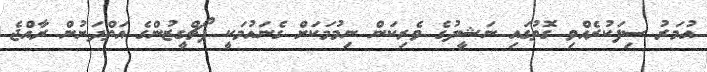
އުމަރު ސިފަކުރެއްވި ގޮތުގައި ނަޝީދުގެ ވެރިކަން ނިމުމަކަށް ގެނައުމަކީ ޕޯޗްގީޒުންގެ އަތްދަށުން ރާއްޖެ